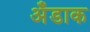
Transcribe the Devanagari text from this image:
अँडाक